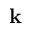
\mathbf { k }